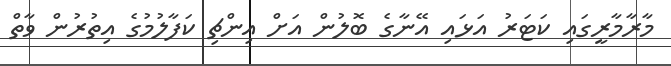
މާރާމާރީގައި ކަޓަރު އަޅައި އޭނާގެ ބޮލުން އަށް އިންޗި ކަފާލުމުގެ އިތުރުން ވާތް